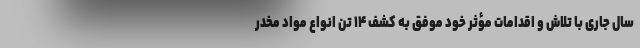
سال جاری با تلاش و اقدامات مؤثر خود موفق به کشف ۱۴ تن انواع مواد مخدر